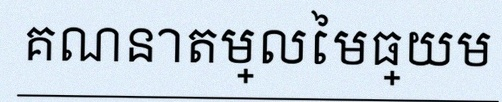
គណនាតម្លៃមធ្យម